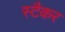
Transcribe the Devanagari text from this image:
स्टैकर